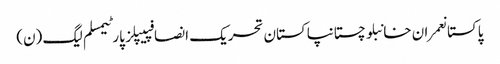
پاکستانعمران خانبلوچستانپاکستان تحریک انصافپیپلز پارٹیمسلم لیگ (ن)